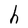
Character: h